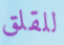
للقلق